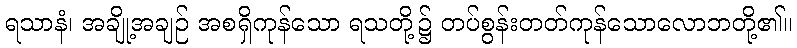
ရသာနံ၊ အချို့အချဉ် အစရှိကုန်သော ရသတို့၌ တပ်စွန်းတတ်ကုန်သောလောဘတို့၏။